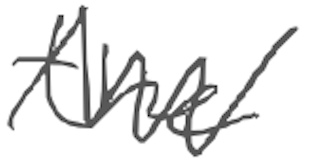
Text: the
Cross-out: mix
Writing tool: digital_gray